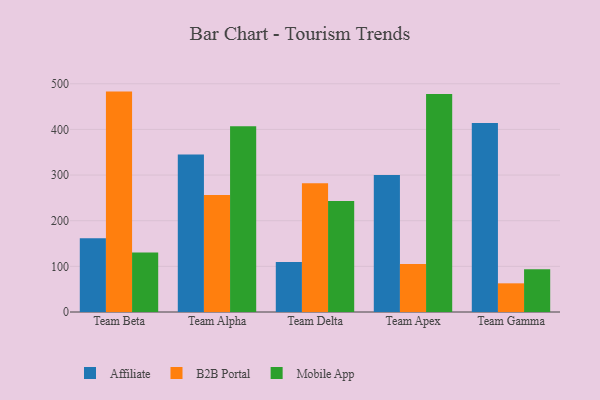
{"axis": {"x": "Team", "y": "Website Visitors"}, "legend": ["Affiliate", "B2B Portal", "Mobile App"], "data": [{"x": "Team Beta", "y": 161.7, "type": "Affiliate"}, {"x": "Team Beta", "y": 482.8, "type": "B2B Portal"}, {"x": "Team Beta", "y": 130.3, "type": "Mobile App"}, {"x": "Team Alpha", "y": 345.1, "type": "Affiliate"}, {"x": "Team Alpha", "y": 256.2, "type": "B2B Portal"}, {"x": "Team Alpha", "y": 406.8, "type": "Mobile App"}, {"x": "Team Delta", "y": 109.8, "type": "Affiliate"}, {"x": "Team Delta", "y": 281.8, "type": "B2B Portal"}, {"x": "Team Delta", "y": 243.4, "type": "Mobile App"}, {"x": "Team Apex", "y": 300.0, "type": "Affiliate"}, {"x": "Team Apex", "y": 105.2, "type": "B2B Portal"}, {"x": "Team Apex", "y": 477.7, "type": "Mobile App"}, {"x": "Team Gamma", "y": 414.1, "type": "Affiliate"}, {"x": "Team Gamma", "y": 62.8, "type": "B2B Portal"}, {"x": "Team Gamma", "y": 93.9, "type": "Mobile App"}]}